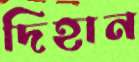
দিহান